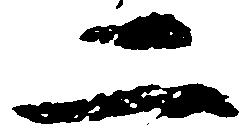
二